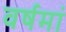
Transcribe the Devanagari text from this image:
वर्षमां